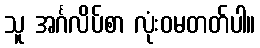
သူ အင်္ဂလိပ်စာ လုံးဝမတတ်ပါ။